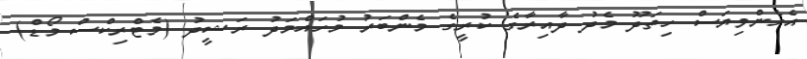
އެހެންވިޔަސް ހިތަދޫ މެދު ދާއިރާގެ ކުރީގެ މެންބަރު މުހައްމަދު ރަޝީދު (މެޓްރިކްސް މޯޑް)